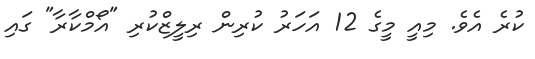
ކުރެ އެވެ. މިއީ މީގެ 12 އަހަރު ކުރިން ރިލީޒްކުރި "އޯމްކާރާ" ގައި